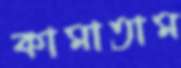
কামাতাম